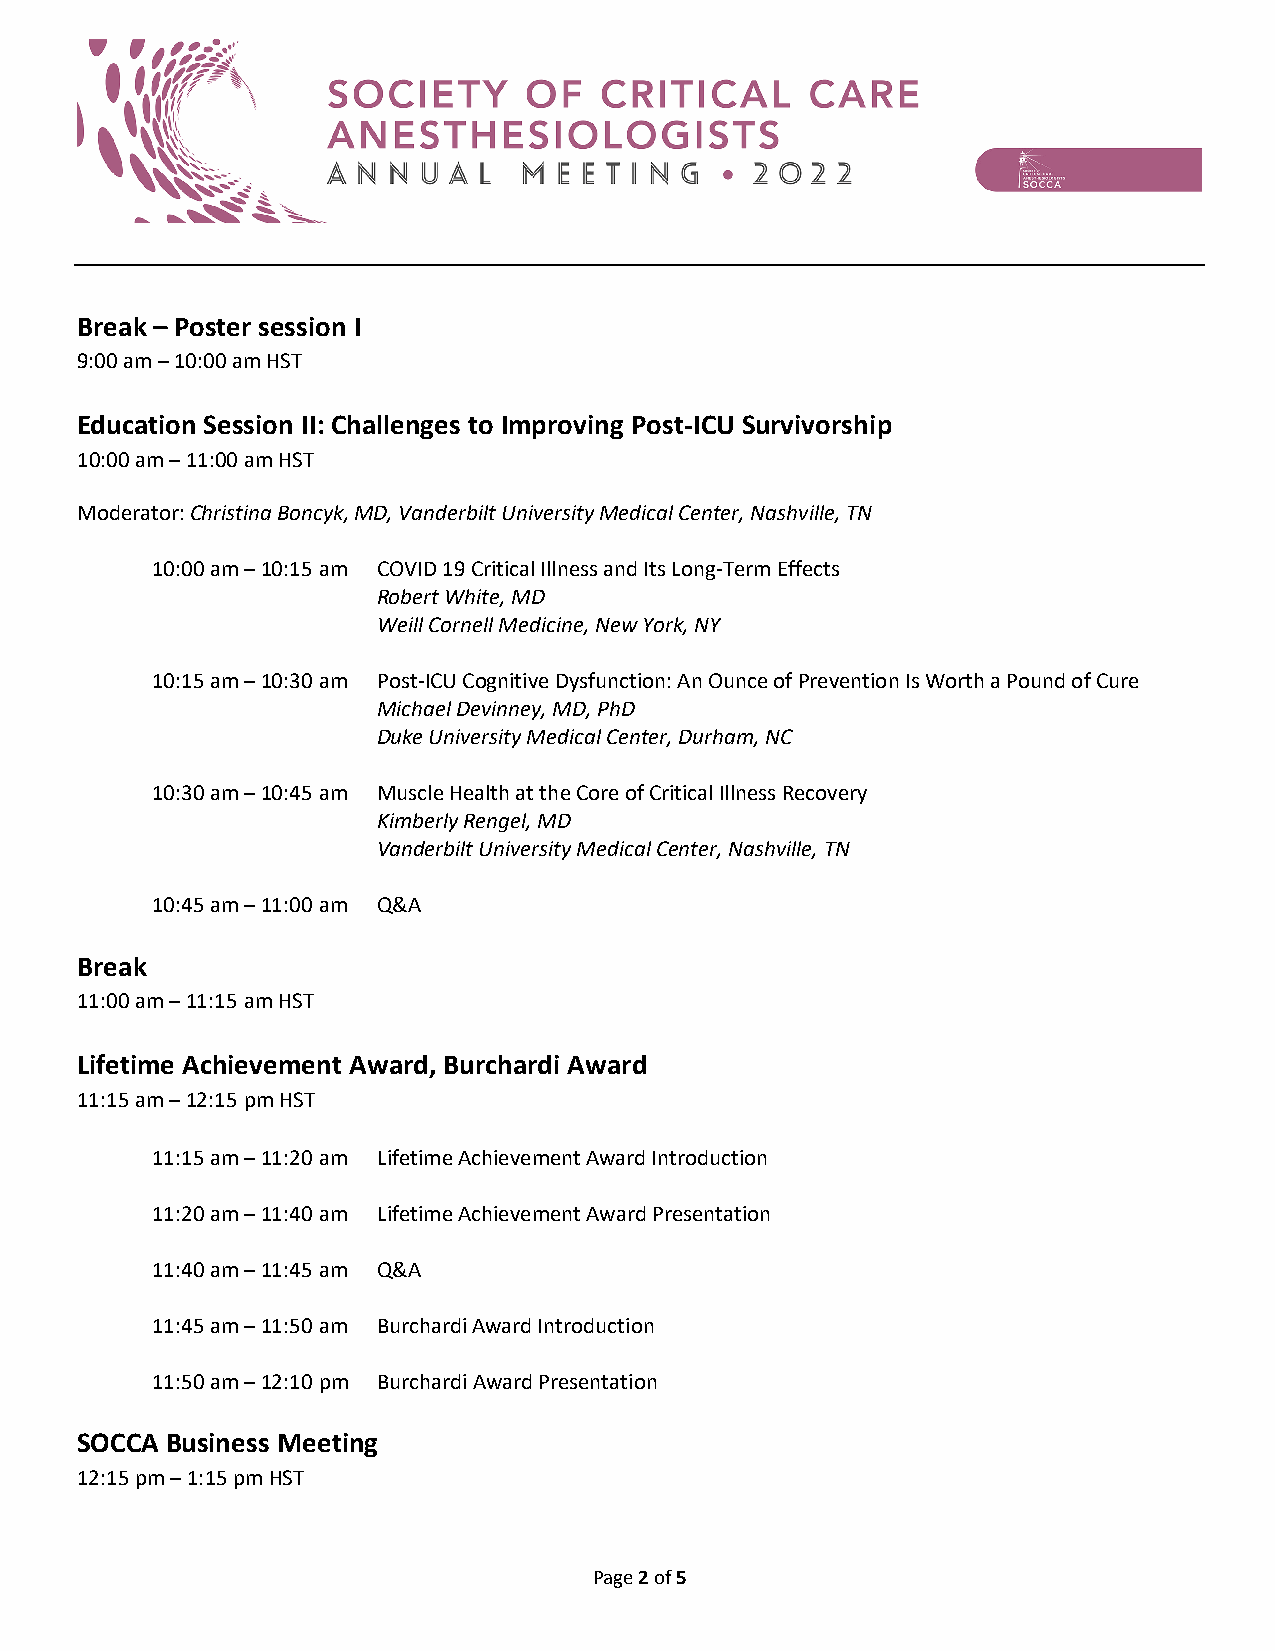
Break – Poster session I
 9:00 am – 10:00 am HST
 Education Session II: Challenges to Improving Post-ICU Survivorship
 10:00 am – 11:00 am HST
 Moderator: Christina Boncyk, MD, Vanderbilt University Medical Center, Nashville, TN
 10:00 am – 10:15 am COVID 19 Critical Illness and Its Long-Term Effects
 Robert White, MD
 Weill Cornell Medicine, New York, NY
 10:15 am – 10:30 am Post-ICU Cognitive Dysfunction: An Ounce of Prevention Is Worth a Pound of Cure
 Michael Devinney, MD, PhD
 Duke University Medical Center, Durham, NC
 10:30 am – 10:45 am Muscle Health at the Core of Critical Illness Recovery
 Kimberly Rengel, MD
 Vanderbilt University Medical Center, Nashville, TN
 10:45 am – 11:00 am Q&A
 Break
 11:00 am – 11:15 am HST
 Lifetime Achievement Award, Burchardi Award
 11:15 am – 12:15 pm HST
 11:15 am – 11:20 am Lifetime Achievement Award Introduction
 11:20 am – 11:40 am Lifetime Achievement Award Presentation
 11:40 am – 11:45 am Q&A
 11:45 am – 11:50 am Burchardi Award Introduction
 11:50 am – 12:10 pm Burchardi Award Presentation
 SOCCA Business Meeting
 12:15 pm – 1:15 pm HST
 Page 2 of 5